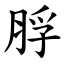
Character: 脬